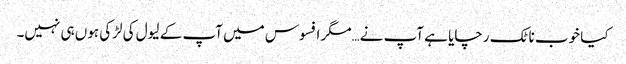
کیا خوب ناٹک رچایا ہے آپ نے…مگر افسوس میں آپ کے لیول کی لڑکی ہوں ہی نہیں۔